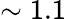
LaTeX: \sim 1.1